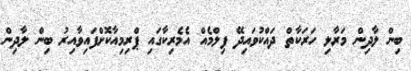
ބިން ލާދިން މަރާލި ހަރަކާތް ދައްކުވައިދޭ ފިލްމެއް އެމެރިކާގައި ޕްރިމިއާކޮށްފައިވާއިރު ބިން ލާދިން